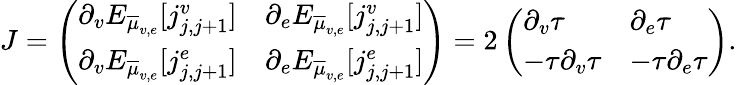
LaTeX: J=\left(\begin{array}{ll}{\partial_{v}E_{\overline{{\mu}}_{v,e}}[j_{j,j+1}^{v}]}&{\partial_{e}E_{\overline{{\mu}}_{v,e}}[j_{j,j+1}^{v}]}\\ {\partial_{v}E_{\overline{{\mu}}_{v,e}}[j_{j,j+1}^{e}]}&{\partial_{e}E_{\overline{{\mu}}_{v,e}}[j_{j,j+1}^{e}]}\end{array}\right)=2\left(\begin{array}{ll}{\partial_{v}\tau}&{\partial_{e}\tau}\\ {-\tau\partial_{v}\tau}&{-\tau\partial_{e}\tau}\end{array}\right).